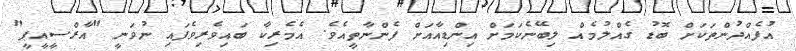
އުފެއްދުންތަކަށް ބޮޑު ގެއްލުމެއް ލިބޭނެކަމަށް އިންޑިއާއަށް ފެންނާތީއެވެ. އެމެރިކާ ބައިވެރިވެފައި ނުވަނީ "އާރްސީއީޕީ"